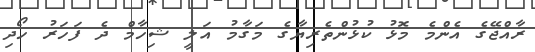
ރާއްޖޭގެ އެންމެ މޮޅު ކުޅުންތެރިޔާގެ މަގާމު އަލީ ޝިހާމް ދެ ފަހަރު ހޯދި